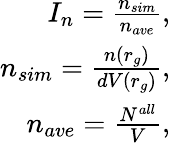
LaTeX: \begin{array}{r}{I_{n}=\frac{n_{sim}}{n_{ave}},}\\ {n_{sim}=\frac{n(r_{g})}{dV(r_{g})},}\\ {n_{ave}=\frac{N^{all}}{V},}\end{array}